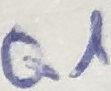
Text: Q1